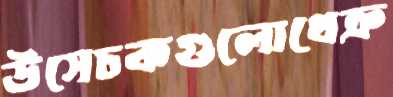
উসেচকগুলোথেক্র